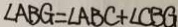
\angle A B G = \angle A B C + \angle C B G